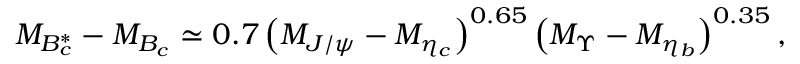
M _ { B _ { c } ^ { * } } - M _ { B _ { c } } \simeq 0 . 7 \left( M _ { J / \psi } - M _ { \eta _ { c } } \right) ^ { 0 . 6 5 } \left( M _ { \Upsilon } - M _ { \eta _ { b } } \right) ^ { 0 . 3 5 } ,